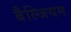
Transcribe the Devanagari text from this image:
बैल्जियम